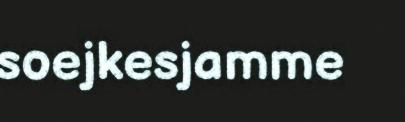
soejkesjamme